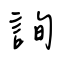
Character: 詢